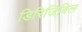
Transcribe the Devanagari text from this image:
डिरिजिबिल